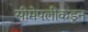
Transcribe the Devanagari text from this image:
सीमेपलीकडून